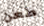
طعن